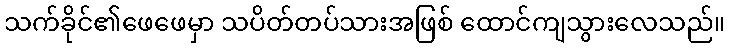
သက်ခိုင်၏ဖေဖေမှာ သပိတ်တပ်သားအဖြစ် ထောင်ကျသွားလေသည်။